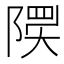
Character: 𲉟